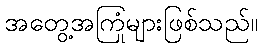
အတွေ့အကြုံများဖြစ်သည်။